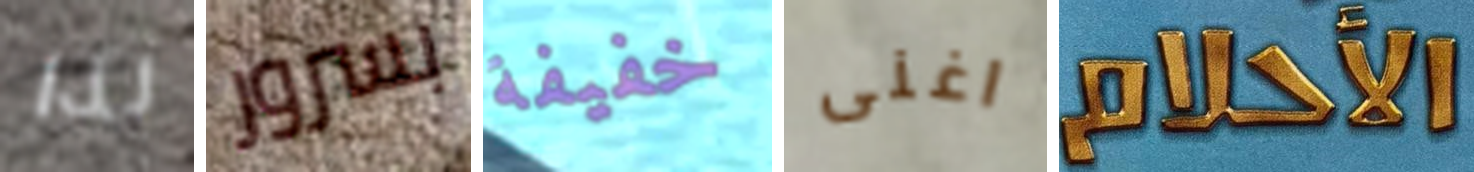
لذا بسرور خفيفة اغنى الأحلام